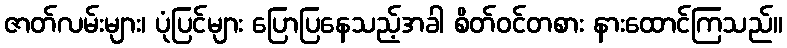
ဇာတ်လမ်းများ၊ ပုံပြင်များ ပြောပြနေသည့်အခါ စိတ်ဝင်တစား နားထောင်ကြသည်။